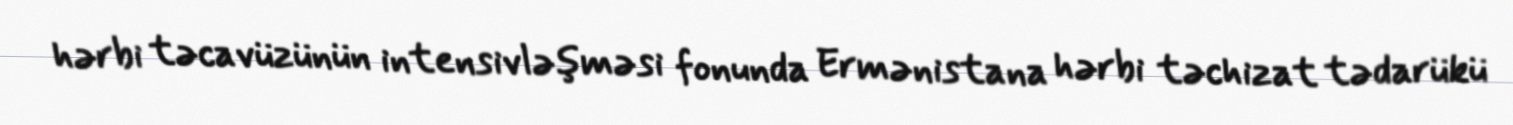
hərbi təcavüzünün intensivləşməsi fonunda Ermənistana hərbi təchizat tədarükü